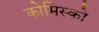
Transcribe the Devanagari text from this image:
कोमिस्को